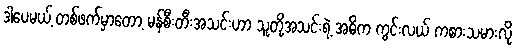
ဒါပေမယ့် တစ်ဖက်မှာတော့ မန်စီးတီးအသင်းဟာ သူတို့အသင်းရဲ့ အဓိက ကွင်းလယ် ကစားသမားလို